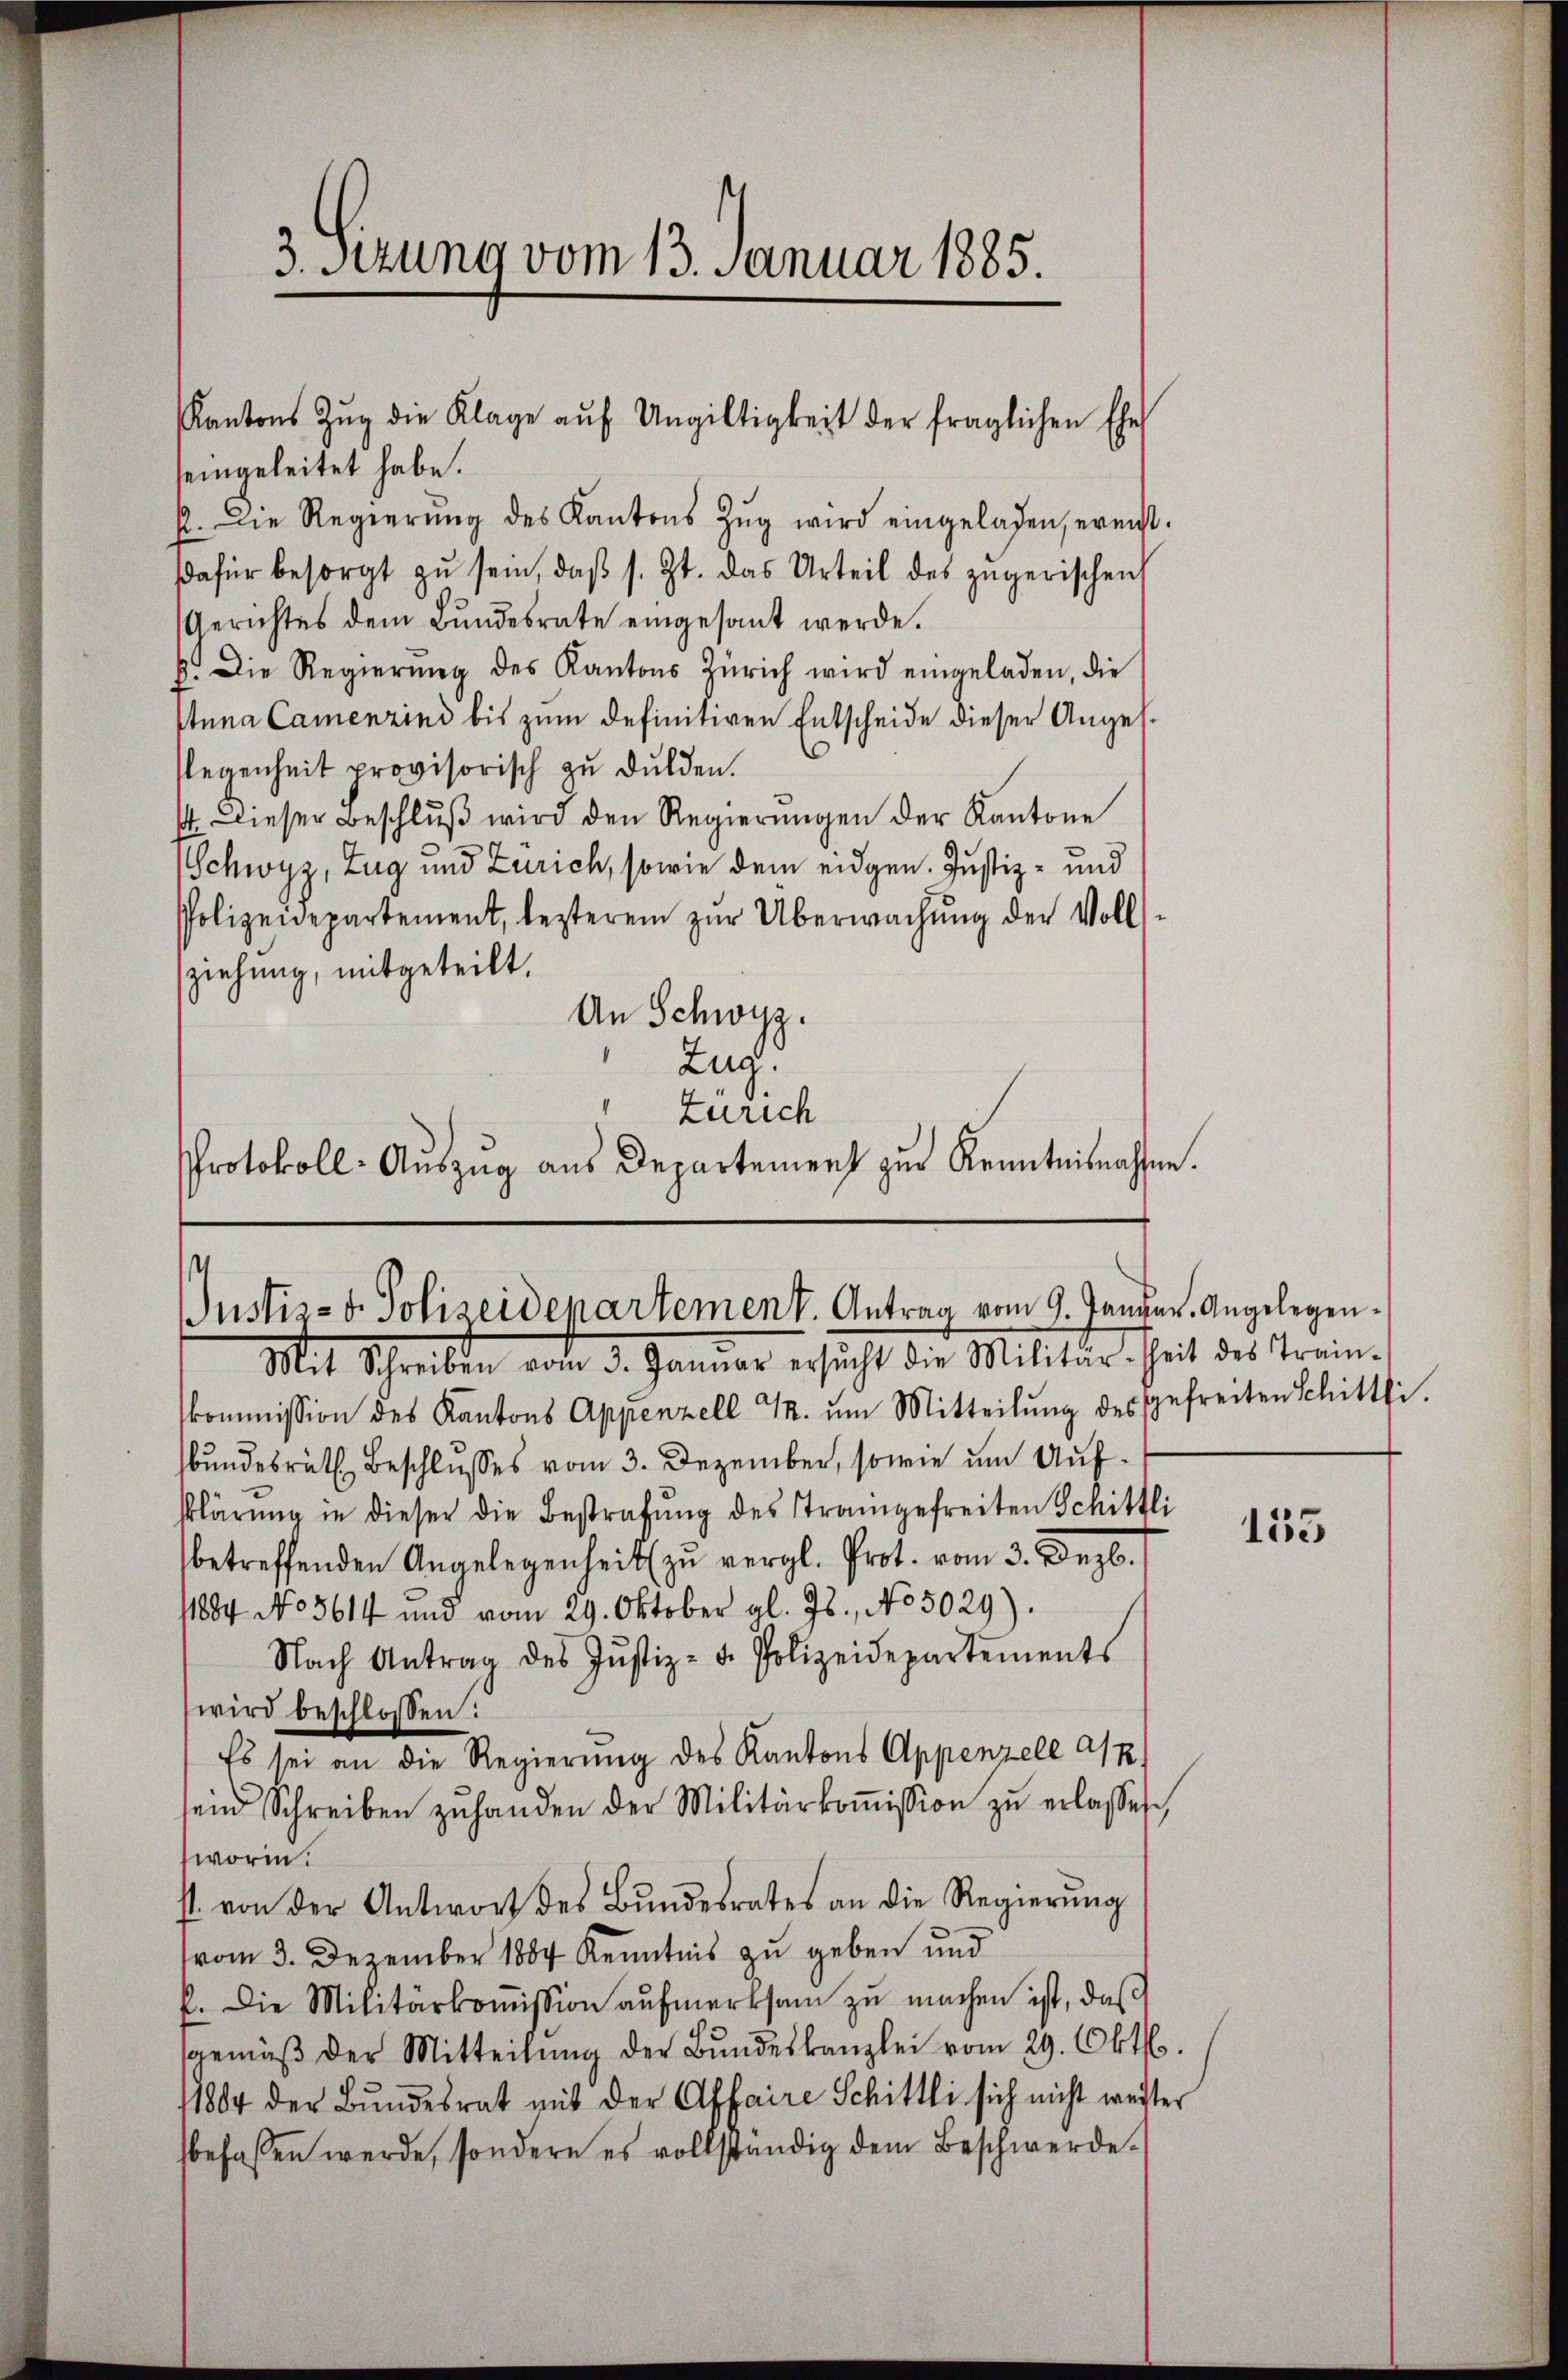
3. Setzung vom 13. Januar 1885.

seingeleitet habe.
p. Die Regierŭng des Kantons Zŭg wird eingeladen, ereicht.
dafür besorgt zŭ sein, daβ s. Zt. das Urteil des zŭgerischen
Gerichtes dem Bŭndesrate eingesant werde.
b. Die Regierŭng des Kantons Zürich wird eingeladen, die
Etuna Camenzind bis zum definitiven Entscheide dieser Anges¬
Plegenheit provisorisch zu dulden.
14. Dieser Beschlŭβ wird den Regierŭngen der Kantone
Schwyz, Zug und Zürich, sowie dem eidgen. Justiz- und
Polizeidepartement, lezteren zŭr Überwachŭng der Volls-
sziehung, mitgeteilt.
An Schwyz.
Zug.
Zürich
Protokoll- Aŭszŭg aŭs Departement zŭr Kenntnisnahme.

Kantons Zŭg die Klage aŭf Ungültigkeit der fraglichen Ehe

Justiz- u. Polizeidepartement. Antrag vom 9. Januar. Angelegen¬
Mit Schreiben vom 3. Januar ersŭcht die Militär-Zeit des Train-

kommission des Kantons Appenzell M. um Mitteilŭng des gefreiten Schittli.
bundesräth Beschlusses vom 3. Dezember, sowie um Aufklärung in dieser die Bestrafŭng des Traingefreiten Schittli
betreffenden Angelegenheit zu vergl. Prot. vom 3. Dezb.
11884 No 5614 und vom 29. Oktober gl. Js., No 5029).
Nach Antrag des Jŭstiz- u. Polizeidepartements
wird beschlossen:
Es sei an die Regierung des Kantons Appenzell a/p
sein Schreiben zŭ handen der Militärkoṁission zŭ erlassen,
worin.
st. von der Antwort des Bŭndesrates an die Regierŭng
vom 3. Dezember 1884 Kenntnis zu geben und
k. Die Militärkoṁission aŭfmerksam zŭ machen ist, daß
sgemäβ der Mitteilŭng der Bŭndeskanzlei vom 29. Okt.
11804 der Bundesrat mit der Affaire Schittli sich nicht weiter
befassen werde, sondern es vollständig dem Beschwerde.

155